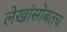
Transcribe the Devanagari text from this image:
लेखांसोबतच